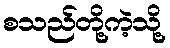
စသည်တို့ကဲ့သို့